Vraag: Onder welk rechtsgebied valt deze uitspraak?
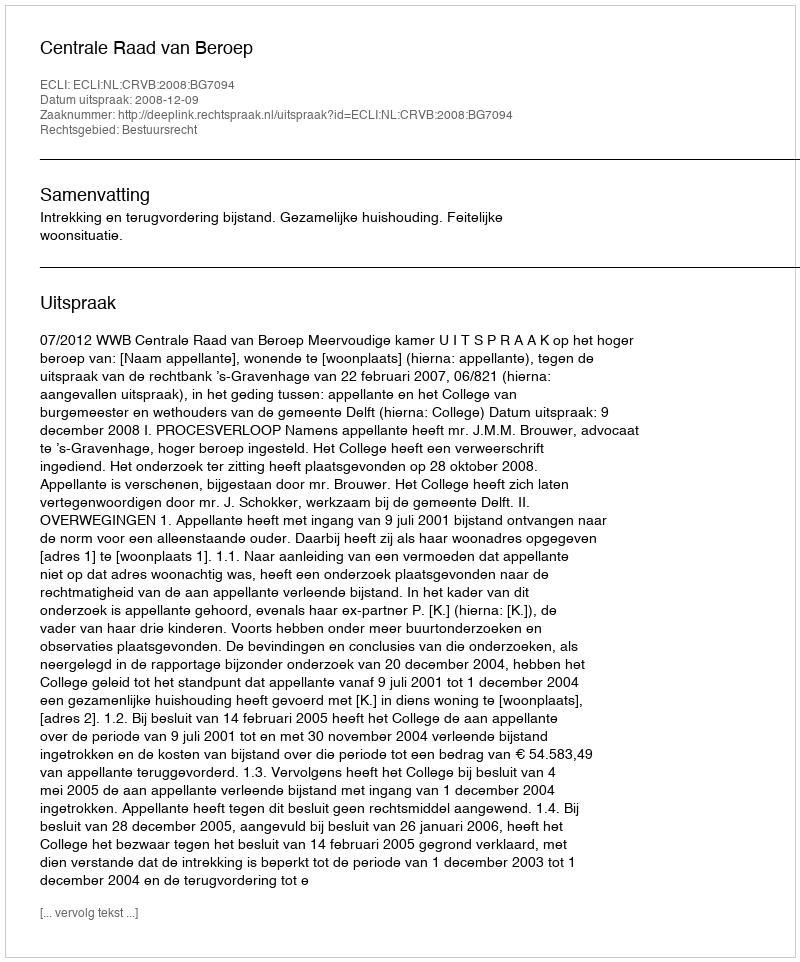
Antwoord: Bestuursrecht